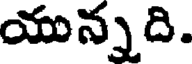
యున్నది.